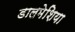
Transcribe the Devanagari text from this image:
डालमेशिया